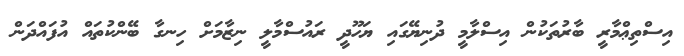
އިސްތިޢްމާރީ ބާރުތަކުން އިސްލާމީ ދުނިޔޭގައި ޔަހޫދީ ރައުސްމާލީ ނިޒާމަށް ހިނގާ ބޭންކުތައް އުފައްދަން